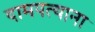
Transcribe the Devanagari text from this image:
दामपत्याना